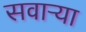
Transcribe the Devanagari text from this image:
सवाऱ्या